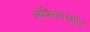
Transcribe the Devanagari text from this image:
अफ्रिकास्थीत